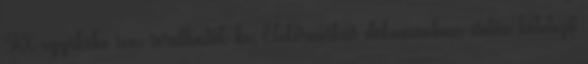
5XX egyikébe sem sorolhatók be. Elektronikus dokumentum esetén kötelező